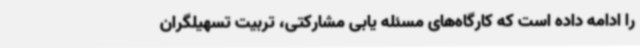
را ادامه داده است که کارگاه‌های مسئله یابی مشارکتی، تربیت تسهیلگران